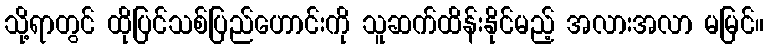
သို့ရာတွင် ထိုပြင်သစ်ပြည်ဟောင်းကို သူဆက်ထိန်းနိုင်မည့် အလားအလာ မမြင်။